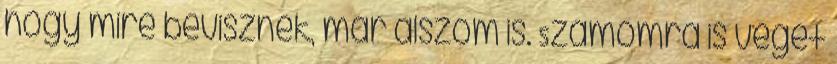
hogy mire bevisznek, már alszom is. Számomra is véget